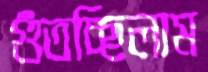
গুঁতচ্ছিলাম